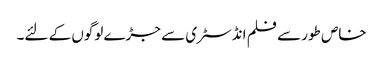
خاص طور سے فلم انڈسٹری سے جڑے لوگوں کے لئے۔